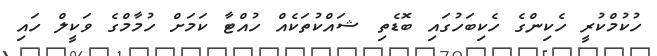
ހުކުމްކުރީ ހެކިންގެ ހެކިބަހުގައި ބޮޑެތި ޝައްކުތަކެއް ހުއްޓާ ކަމަށް ހުމާމްގެ ވަކީލް ހައި